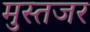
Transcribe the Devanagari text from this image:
मुस्तजर